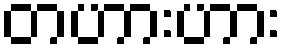
တဟားဟား